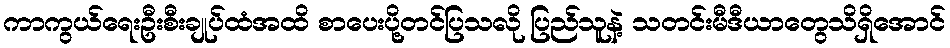
ကာကွယ်ရေးဦးစီးချုပ်ထံအထိ စာပေးပို့တင်ပြသလို ပြည်သူနဲ့ သတင်းမီဒီယာတွေသိရှိအောင်